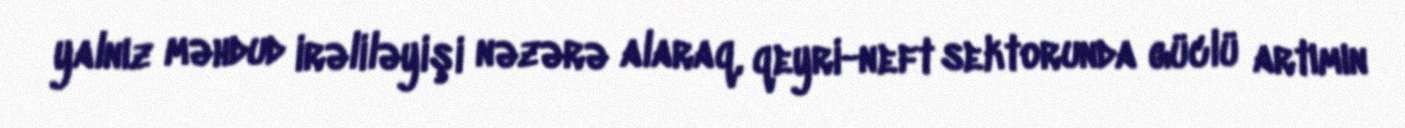
yalnız məhdud irəliləyişi nəzərə alaraq, qeyri-neft sektorunda güclü artımın